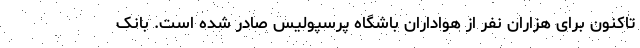
تاکنون برای هزاران نفر از هواداران باشگاه پرسپولیس صادر شده است. بانک